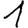
Digit: 1